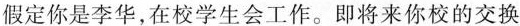
假定你是李华，在校学生会工作。即将来你校的交换